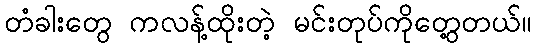
တံခါးတွေ ကလန့်ထိုးတဲ့ မင်းတုပ်ကိုတွေ့တယ်။